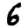
Digit: 6